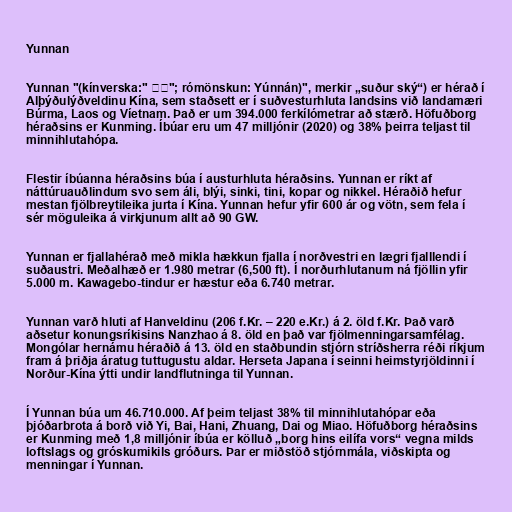
Yunnan

Yunnan "(kínverska:" 云南"; rómönskun: Yúnnán)", merkir „suður ský“) er hérað í
Alþýðulýðveldinu Kína, sem staðsett er í suðvesturhluta landsins við landamæri
Búrma, Laos og Víetnam. Það er um 394.000 ferkílómetrar að stærð. Höfuðborg
héraðsins er Kunming. Íbúar eru um 47 milljónir (2020) og 38% þeirra teljast til
minnihlutahópa.

Flestir íbúanna héraðsins búa í austurhluta héraðsins. Yunnan er ríkt af
náttúruauðlindum svo sem áli, blýi, sinki, tini, kopar og nikkel. Héraðið hefur
mestan fjölbreytileika jurta í Kína. Yunnan hefur yfir 600 ár og vötn, sem fela í
sér möguleika á virkjunum allt að 90 GW.

Yunnan er fjallahérað með mikla hækkun fjalla í norðvestri en lægri fjalllendi í
suðaustri. Meðalhæð er 1.980 metrar (6,500 ft). Í norðurhlutanum ná fjöllin yfir
5.000 m. Kawagebo-tindur er hæstur eða 6.740 metrar.

Yunnan varð hluti af Hanveldinu (206 f.Kr. – 220 e.Kr.) á 2. öld f.Kr. Það varð
aðsetur konungsríkisins Nanzhao á 8. öld en það var fjölmenningarsamfélag.
Mongólar hernámu héraðið á 13. öld en staðbundin stjórn stríðsherra réði ríkjum
fram á þriðja áratug tuttugustu aldar. Herseta Japana í seinni heimstyrjöldinni í
Norður-Kína ýtti undir landflutninga til Yunnan.

Í Yunnan búa um 46.710.000. Af þeim teljast 38% til minnihlutahópar eða
þjóðarbrota á borð við Yi, Bai, Hani, Zhuang, Dai og Miao. Höfuðborg héraðsins
er Kunming með 1,8 milljónir íbúa er kölluð „borg hins eilífa vors“ vegna milds
loftslags og gróskumikils gróðurs. Þar er miðstöð stjórnmála, viðskipta og
menningar í Yunnan.